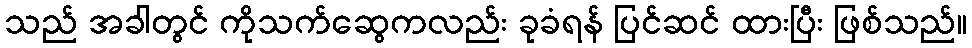
သည် အခါတွင် ကိုသက်ဆွေကလည်း ခုခံရန် ပြင်ဆင် ထားပြီး ဖြစ်သည်။